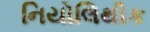
નિયોલિથીક